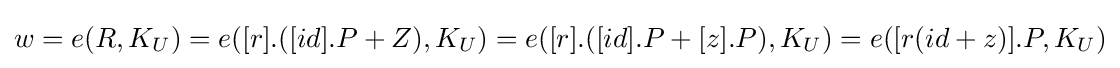
\textstyle w=e(R,K_{U})=e([r].([id].P+Z),K_{U})=e([r].([id].P+[z].P),K_{U})=e([r(id+z)].P,K_{U})